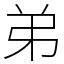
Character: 弟